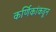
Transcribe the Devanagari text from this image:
कर्णिकांकडून